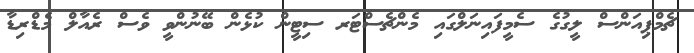
ޗެމްޕިއަންސް ލީގުގެ ސެމީފައިނަލްގައި މެންޗެސްޓަރ ސިޓީން ކުޅެން ބޭނުންވީ ވެސް ރެއާލް މެޑްރިޑާ